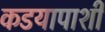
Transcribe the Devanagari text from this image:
कडयापाशी